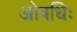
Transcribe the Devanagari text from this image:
ओषधिः